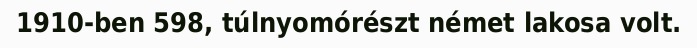
1910-ben 598, túlnyomórészt német lakosa volt.